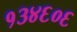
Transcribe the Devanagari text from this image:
१३४६०६